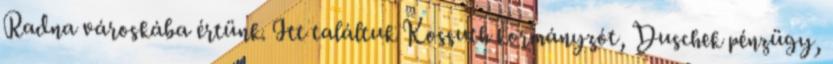
Radna városkába értünk. Itt találtuk Kossuth kormányzót, Duschek pénzügy,